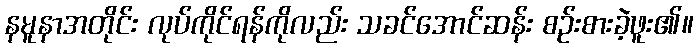
နမူနာအတိုင်း လုပ်ကိုင်ရန်ကိုလည်း သခင်အောင်ဆန်း စဉ်းစားခဲ့ဖူး၏။